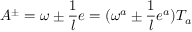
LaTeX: A ^ { \pm } = \omega \pm \frac { 1 } { l } e = ( \omega ^ { a } \pm \frac { 1 } { l } e ^ { a } ) T _ { a }